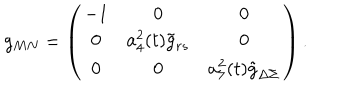
g _ { M N } = \left( \begin{array} { c c c } { { - 1 } } & { { 0 } } & { { 0 } } \\ { { 0 } } & { { a _ { 4 } ^ { 2 } ( t ) { \tilde { g } } _ { r s } } } & { { 0 } } \\ { { 0 } } & { { 0 } } & { { a _ { 7 } ^ { 2 } ( t ) { \tilde { g } } _ { \Delta \Sigma } } } \\ \end{array} \right) .